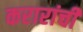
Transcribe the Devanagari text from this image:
करारांची